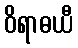
ဝိရာဓယီ